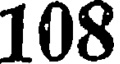
108